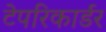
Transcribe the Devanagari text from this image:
टेपरिकार्डर